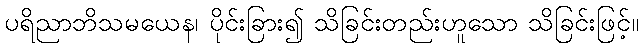
ပရိညာဘိသမယေန၊ ပိုင်းခြား၍ သိခြင်းတည်းဟူသော သိခြင်းဖြင့်။